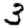
Digit: 3